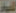
اليوم